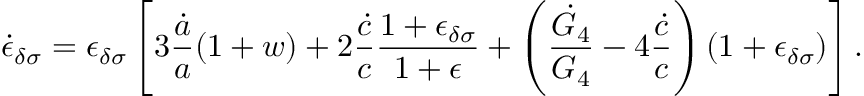
\dot { \epsilon } _ { \delta \sigma } = \epsilon _ { \delta \sigma } \left[ 3 { \frac { \dot { a } } { a } } ( 1 + w ) + 2 { \frac { \dot { c } } { c } } { \frac { 1 + \epsilon _ { \delta \sigma } } { 1 + \epsilon } } + \left( { \frac { \dot { G } _ { 4 } } { G _ { 4 } } } - 4 { \frac { \dot { c } } { c } } \right) ( 1 + \epsilon _ { \delta \sigma } ) \right] .